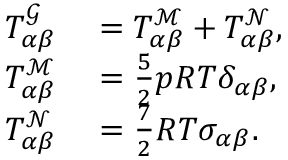
\begin{array} { r l } { T _ { \alpha \beta } ^ { \mathcal { G } } } & { { } = T _ { \alpha \beta } ^ { \mathcal { M } } + T _ { \alpha \beta } ^ { \mathcal { N } } , } \\ { T _ { \alpha \beta } ^ { \mathcal { M } } } & { { } = \frac { 5 } { 2 } p R T \delta _ { \alpha \beta } , } \\ { T _ { \alpha \beta } ^ { \mathcal { N } } } & { { } = \frac { 7 } { 2 } R T \sigma _ { \alpha \beta } . } \end{array}